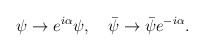
\begin{align*}\psi\rightarrow e^{i\alpha}\psi,\ \ \ \bar{\psi}\rightarrow\bar{\psi}e^{-i\alpha}.\end{align*}